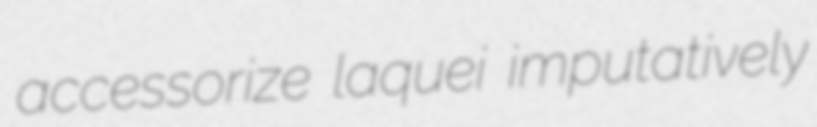
accessorize laquei imputatively